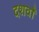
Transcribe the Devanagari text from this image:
दशवाँ